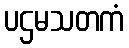
ပဌမသတကံ